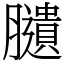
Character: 䑊